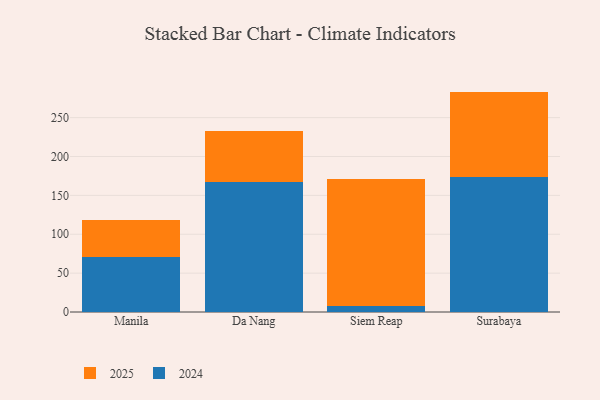
{"axis": {"x": "City", "y": "Net Income (USD K)"}, "legend": ["2024", "2025"], "data": [{"x": "Manila", "y": 47.1, "type": "2025"}, {"x": "Manila", "y": 71.3, "type": "2024"}, {"x": "Da Nang", "y": 65.4, "type": "2025"}, {"x": "Da Nang", "y": 167.8, "type": "2024"}, {"x": "Siem Reap", "y": 163.7, "type": "2025"}, {"x": "Siem Reap", "y": 7.3, "type": "2024"}, {"x": "Surabaya", "y": 109.6, "type": "2025"}, {"x": "Surabaya", "y": 173.9, "type": "2024"}]}